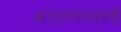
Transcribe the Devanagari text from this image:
अनंततनयांनी